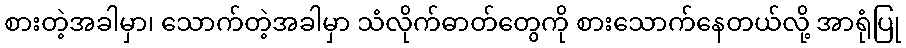
စားတဲ့အခါမှာ၊ သောက်တဲ့အခါမှာ သံလိုက်ဓာတ်တွေကို စားသောက်နေတယ်လို့ အာရုံပြု